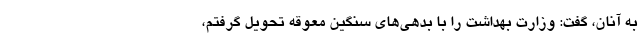
به آنان، گفت: وزارت بهداشت را با بدهی‌های سنگین معوقه تحویل گرفتم،